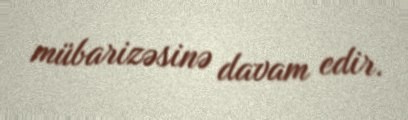
mübarizəsinə davam edir.